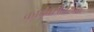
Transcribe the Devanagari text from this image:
कादंबरीलेखक